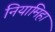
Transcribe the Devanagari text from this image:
नियामिहा